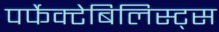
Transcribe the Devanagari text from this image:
पर्फेक्टेबिलिस्ट्स